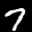
Label: 7